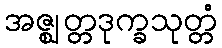
အဇ္ဈတ္တဒုက္ခသုတ္တံ